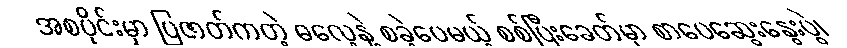
အစပိုင်းမှာ ပြဇာတ်ကတဲ့ ဓလေ့နဲ့ စခဲ့ပေမယ့် စစ်ပြီးခေတ်မှာ စာပေဆွေးနွေးပွဲ၊